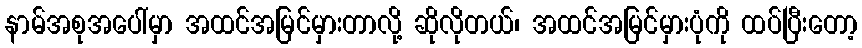
နာမ်အစုအပေါ်မှာ အထင်အမြင်မှားတာလို့ ဆိုလိုတယ်၊ အထင်အမြင်မှားပုံကို ထပ်ပြီးတော့